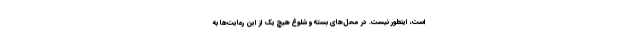
است، اینطور نیست. در محل‌های بسته و شلوغ هیچ یک از این رعایت‌ها به